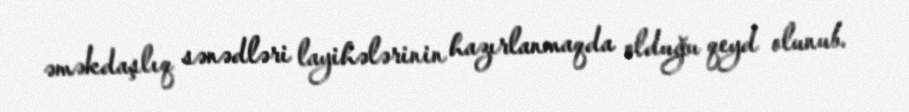
əməkdaşlıq sənədləri layihələrinin hazırlanmaqda olduğu qeyd olunub.